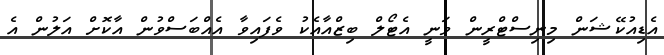
އެޑިއުކޭޝަން މިނިސްޓްރީން ވަނީ އެޓޯލް ބިޒްއާއެކު ވެފައިވާ އެއްބަސްވުން އާކޮށް އަލުން އެ